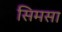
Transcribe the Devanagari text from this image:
सिमसा